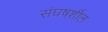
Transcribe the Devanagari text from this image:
संघषर्शील